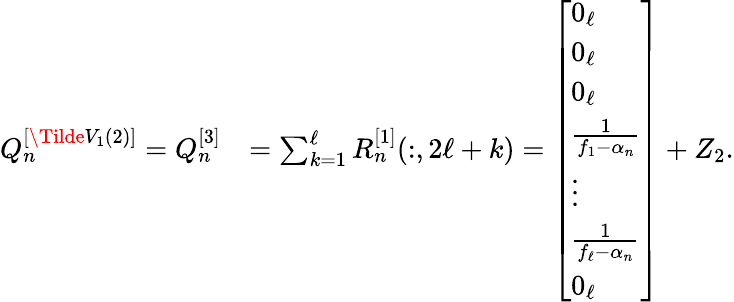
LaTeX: \begin{array}{rl}{Q_{n}^{[\Tilde{V}_{1}(2)]}=Q_{n}^{[3]}}&{=\sum_{k=1}^{\ell}R_{n}^{[1]}(:,2\ell+k)=\left[\begin{array}{l}{0_{\ell}}\\ {0_{\ell}}\\ {0_{\ell}}\\ {\frac{1}{f_{1}-\alpha_{n}}}\\ {\vdots}\\ {\frac{1}{f_{\ell}-\alpha_{n}}}\\ {0_{\ell}}\end{array}\right]+Z_{2}.}\end{array}